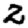
Digit: 2